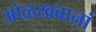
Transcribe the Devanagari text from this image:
ओळखवानां